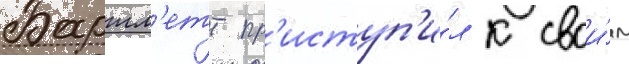
Бартл'етт пр'иступ'и́л к свои́м